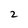
Character: 2